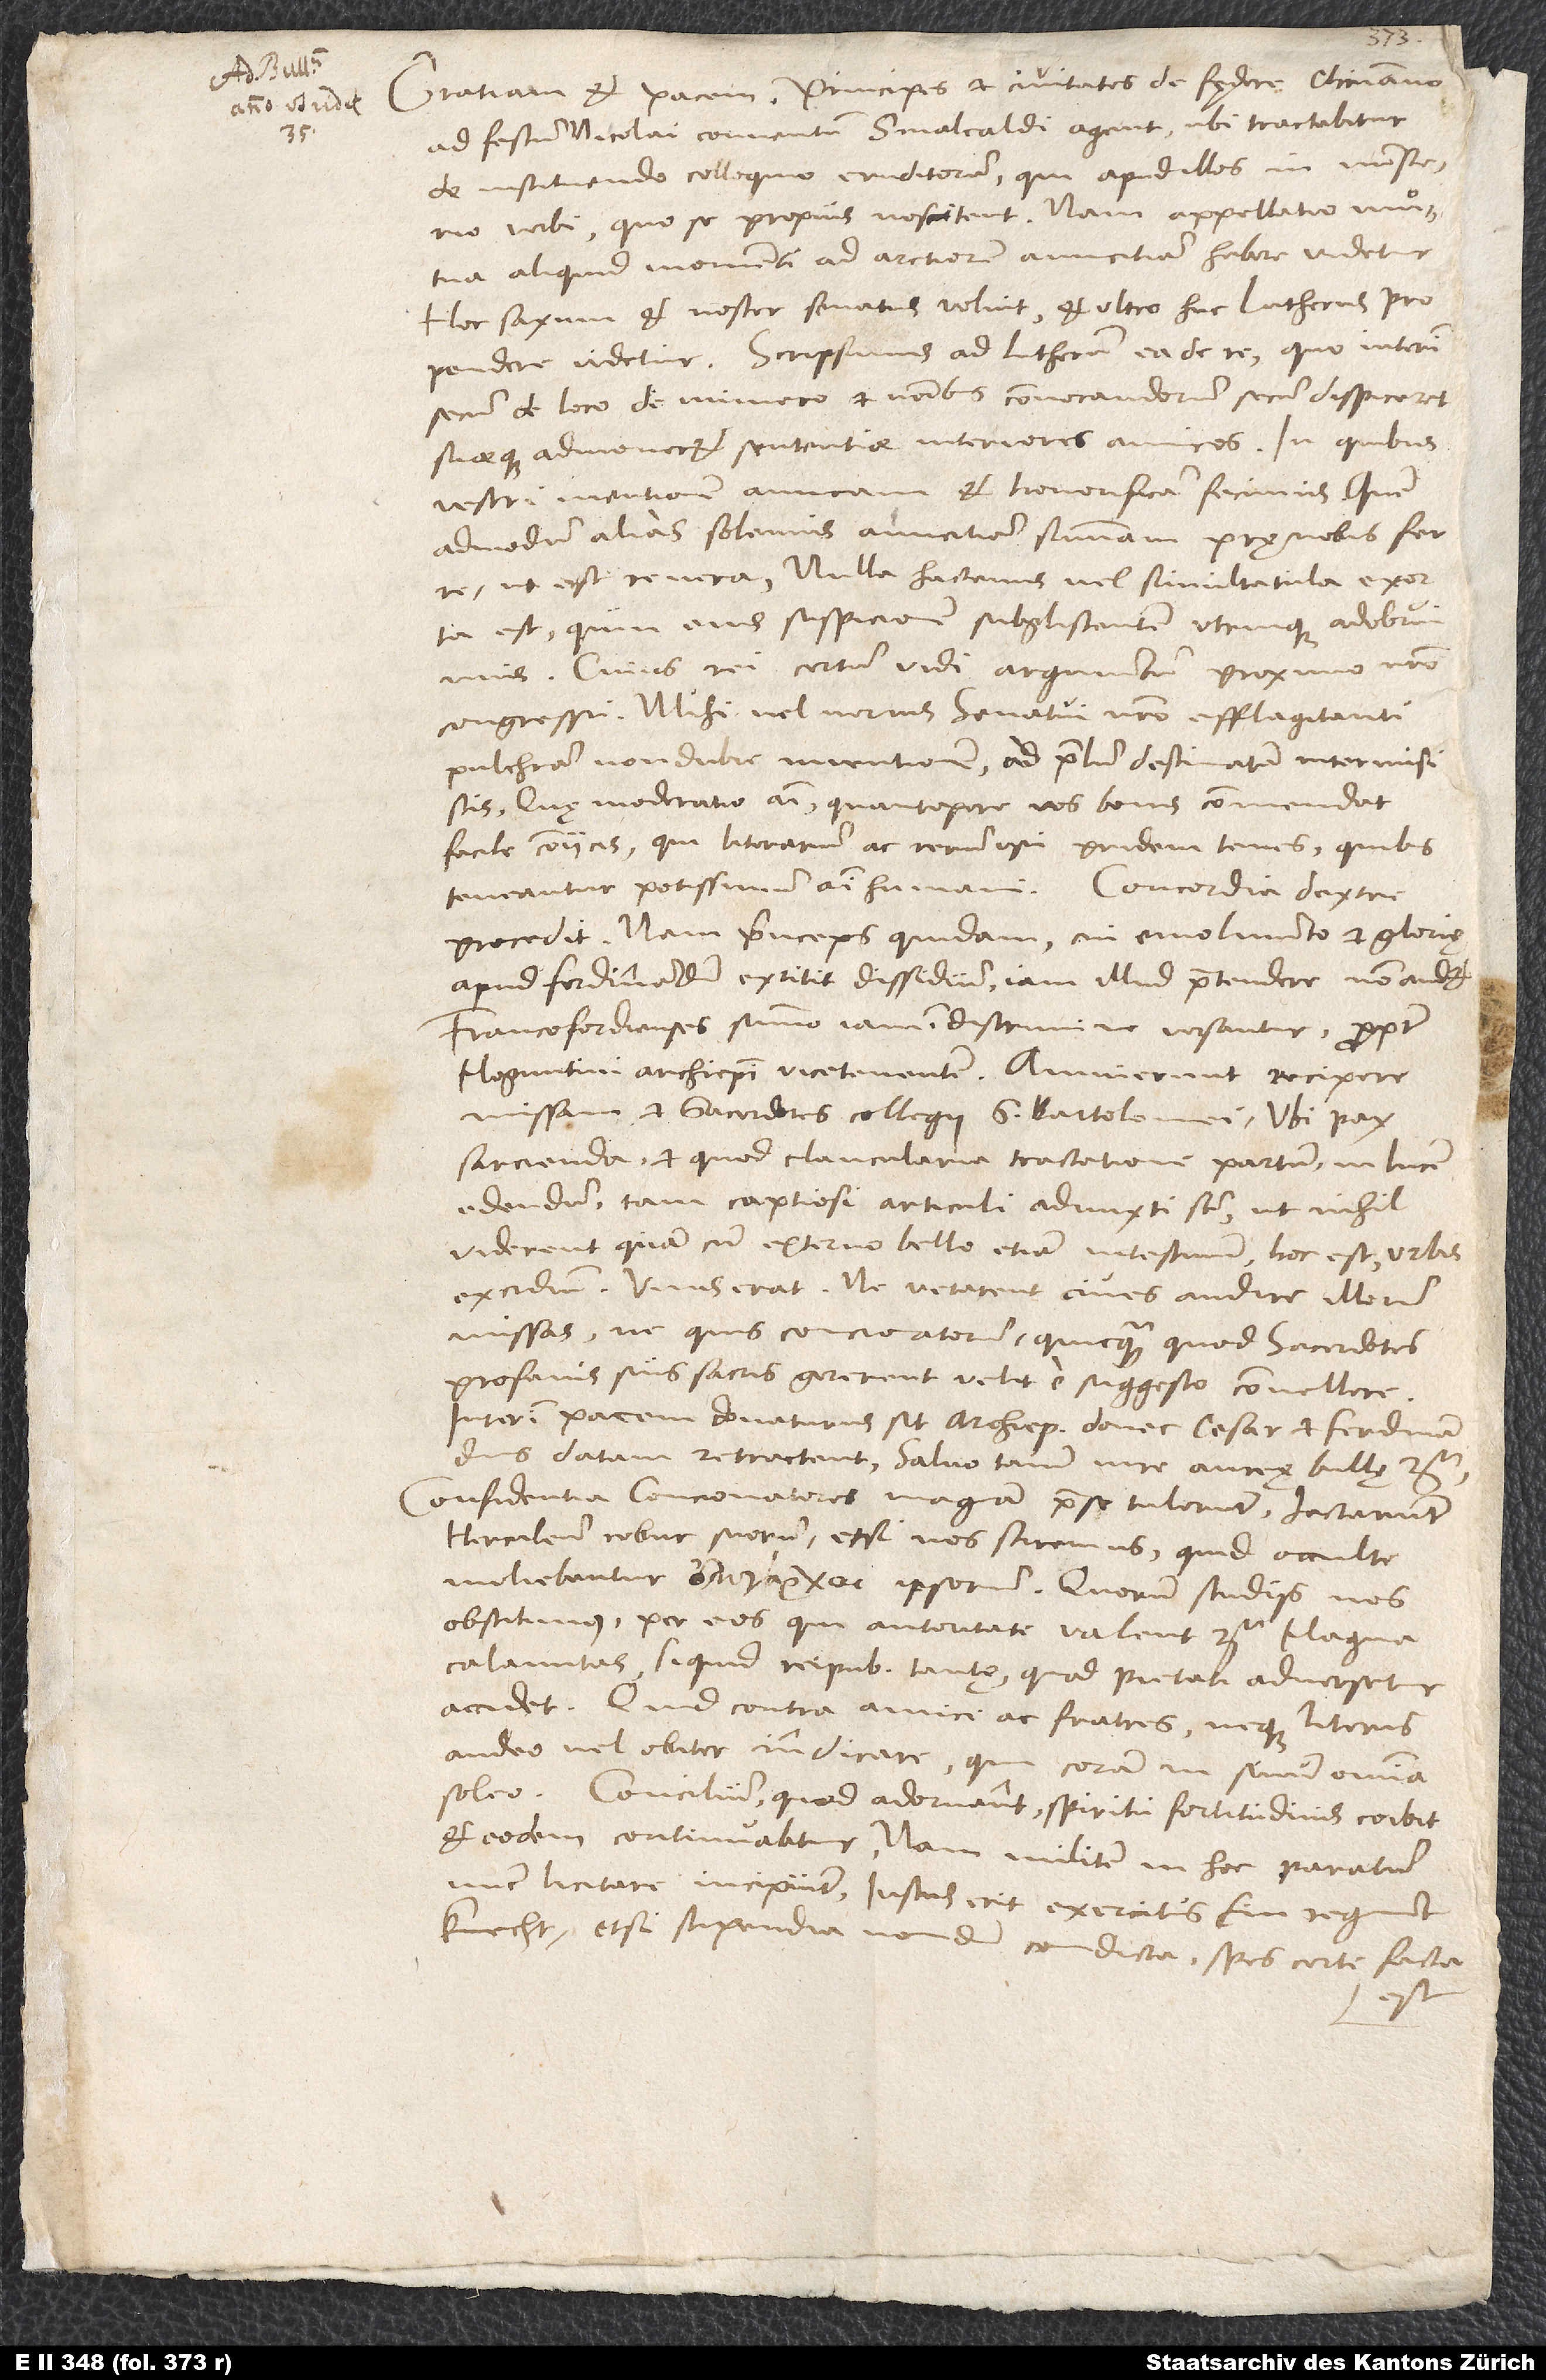
Gratiam et pacem. Principes et civitates de fędere christiano
ad festum Nicolai conventum Smalcaldi agent, ubi tractabitur
de instituendo colloquio eruditorum, qui apud illos in ministerio
verbi, quo se propius noscitent. Nam appellatio mutua
aliquid momenti ad arctiorem amicitiam habere videtur.
Hoc saxum et noster senatus volvit, et ultro huc Lutherus
propendere videtur. Scripsimus ad Lutherum ea de re, quo interim
secum de loco, de numero et nominibus convocandorum secum dispiceret
suaeque admoneret sententiae interiores amicos. In quibus
vestri mentionem amicam et honorificam fecimus, quemadmodum
alias solemus amicitiam summam prę nobis ferre,
ut est re vera. Nulla hactenus vel simultatula exorta
est, quin eius suspicionem subgliscentem utrinque adobruimus.
Cuius rei certum vidi argumentum proximo nostro
congressu. Mihi vel verius senatui nostro efflagitanti
pulchram non dubie inventionem ad prelum destinatam intermisistis.
Quae moderatio animi quantopere vos bonis commendat,
facile coniicis, qui literarum ac rerum usu pridem tenes, quibus
teneantur potissimum animi humani. Concordia dextre
procedit; nam princeps quidam, cui emolumento et glorię
apud Ferdinandum extitit dissidium, iam illud praetendere non audet.
Francofordienses summo iam in discrimine versantur propter
Moguntini archiepiscopi vicetenentem. Annuerunt recipere
missam et sacerdotes collegii S. Bartolomei. Ubi pax
sarcienda et, quod clancularia tractatione partum, in lucem
edendum, tam captiosi articuli admixti sunt, ut nihil
viderent, quam cum externo bello etiam intestinum, hoc est urbis
excidium. Unus erat, ne vetarent cives audire illorum
missas, ne quis concionatorum quicquam, quod sacerdotes
profanis suis sacris gererent, velit e suggesto convellere.
Interim pacem donaturus sit archiepiscopus, donec cesar et Ferdinandus
datam retractent, salvo tamen iure aureę bulle
Confidentiam concionatores magnam prae se tulerunt, iactarunt
Herculeum robur suorum, etsi nos sciremus, quid occulte
moliebantur ipsorum. Quorum studiis nos
obstitimus per eos, qui autoritate valent etc. Magna
calamitas, si quid reipublicae tantę, quod pietati adversetur,
accidet. Quid contra amici ac fratres? Neque literis
audeo vel obiter indicare, qui coram in sinum omnia
soleo. Concilium, quod adornant, spiritu fortitudinis coibit
et eodem continuabitur. Nam militem in hoc paratum
nunc licitare incipiunt. Iustus erit exercitus, ein regiment
knecht; etsi stipendia nondum condicta, spes certe facta